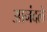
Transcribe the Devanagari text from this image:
आनंदले